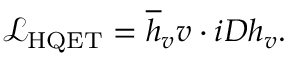
\mathcal { L } _ { \mathrm { H Q E T } } = \overline { { { h } } } _ { v } v \cdot i D h _ { v } .